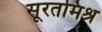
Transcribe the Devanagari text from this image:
सूरतमिश्र